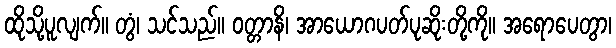
ထိုသို့ပူလျက်။ တွံ၊ သင်သည်။ ဝတ္တာနိ၊ အာယောဂပတ်ပုဆိုးတို့ကို။ အရောပေတွာ၊